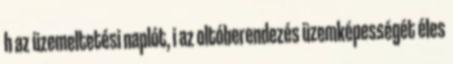
h az üzemeltetési naplót, i az oltóberendezés üzemképességét éles